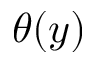
\theta ( y )